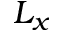
L _ { x }